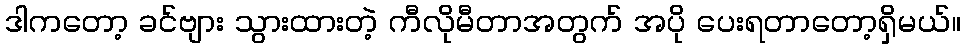
ဒါကတော့ ခင်ဗျား သွားထားတဲ့ ကီလိုမီတာအတွက် အပို ပေးရတာတော့ရှိမယ်။